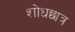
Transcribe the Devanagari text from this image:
शोधछात्र